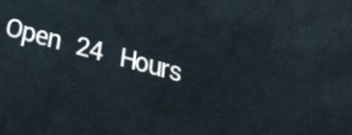
Open 24 Hours